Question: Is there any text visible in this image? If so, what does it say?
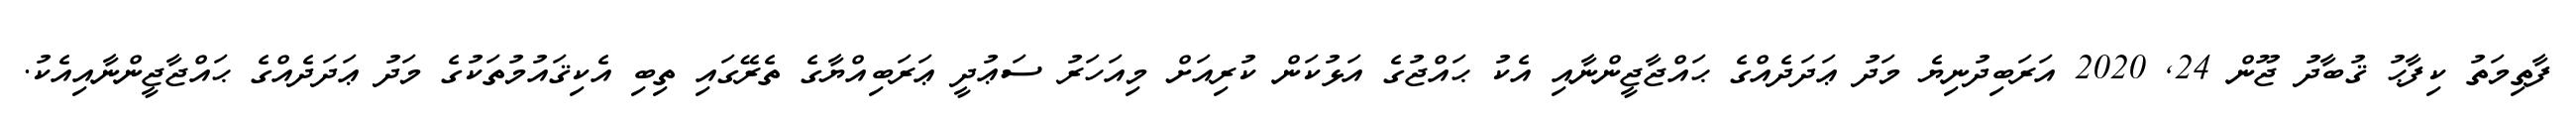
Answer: ފާތިމަތު ކިފާޙު ޤުބާދު ޖޫން 24, 2020 އަރަބިދުނިޔެ މަދު ޢަދަދެއްގެ ޙައްޖާޖީންނާއި އެކު ޙައްޖުގެ އަޅުކަން ކުރިއަށް މިއަހަރު ސަޢުދީ ޢަރަބިއްޔާގެ ތެރޭގައި ތިބި އެކިޤައުމުތަކުގެ މަދު ޢަދަދެއްގެ ޙައްޖާޖީންނާއިއެކު.